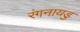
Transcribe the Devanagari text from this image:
रंगनायडु